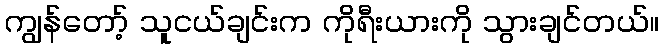
ကျွန်တော့် သူငယ်ချင်းက ကိုရီးယားကို သွားချင်တယ်။